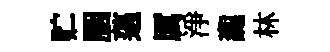
贮胭薖厲淨讟林